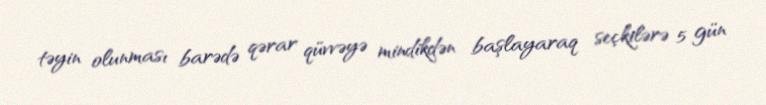
təyin olunması barədə qərar qüvvəyə mindikdən başlayaraq seçkilərə 5 gün